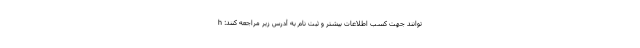
توانند جهت کسب اطلاعات بیشتر و ثبت نام به آدرس زیر مراجعه کنند: h